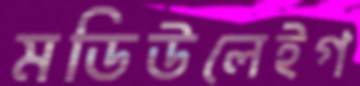
মডিউলেইগ